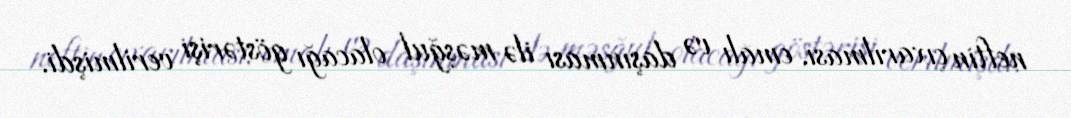
neftin çıxarılması, emalı və daşınması ilə məşğul olacağı göstərişi verilmişdi.